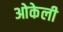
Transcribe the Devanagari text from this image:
ओकेली